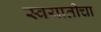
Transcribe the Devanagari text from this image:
स्वयातीचा